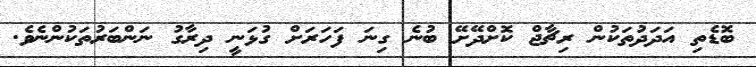
ބޮޑެތި އަދަދުތަކުން ރިޗާޖް ކޮށްދޭށޭ ބުނެ ގިނަ ފަހަރަށް ގުޅަނީ ދިރާގު ނަންބަރުތަކުންނެވެ.